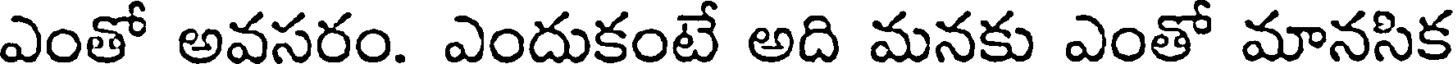
ఎంతో అవసరం. ఎందుకంటే అది మనకు ఎంతో మానసిక